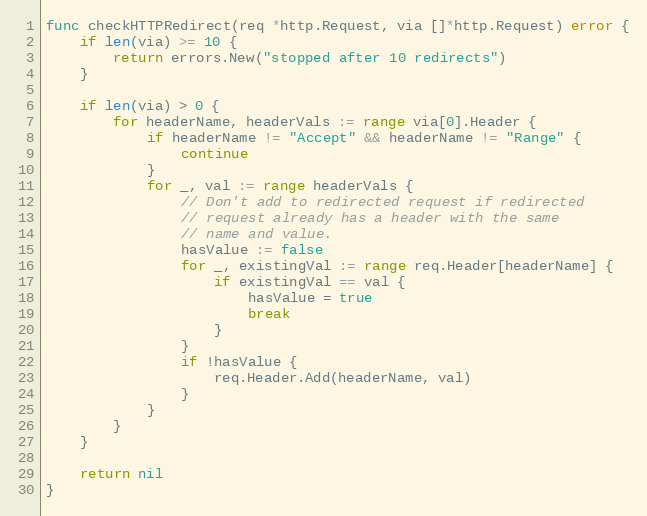
Language: Go
func checkHTTPRedirect(req *http.Request, via []*http.Request) error {
	if len(via) >= 10 {
		return errors.New("stopped after 10 redirects")
	}

	if len(via) > 0 {
		for headerName, headerVals := range via[0].Header {
			if headerName != "Accept" && headerName != "Range" {
				continue
			}
			for _, val := range headerVals {
				// Don't add to redirected request if redirected
				// request already has a header with the same
				// name and value.
				hasValue := false
				for _, existingVal := range req.Header[headerName] {
					if existingVal == val {
						hasValue = true
						break
					}
				}
				if !hasValue {
					req.Header.Add(headerName, val)
				}
			}
		}
	}

	return nil
}